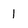
Character: 1